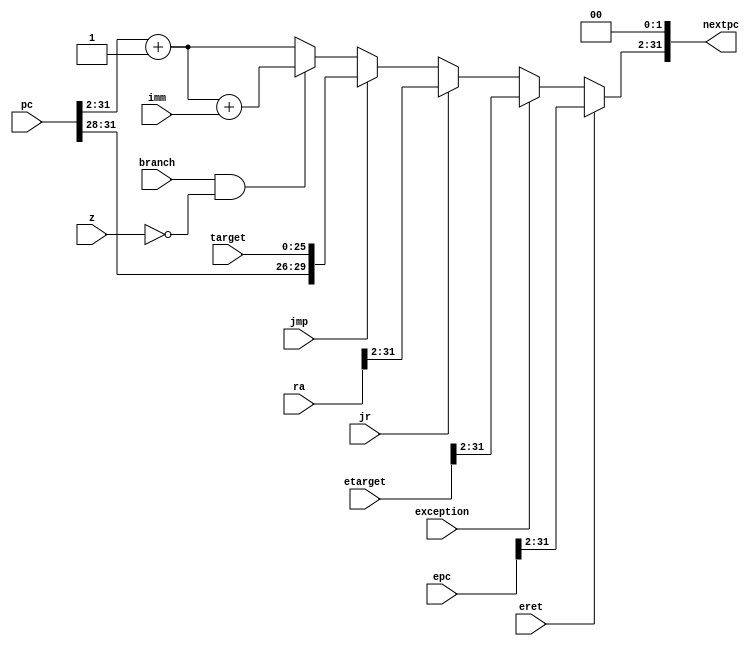
module InstructionFetcher(
    input wire [31:0] pc, epc, etarget, ra,
    input wire branch,
    input wire jmp,
    input wire z,
    input wire [25:0] target,
    input wire [15:0] imm,
    input wire jr,
    input wire exception, eret,
    output wire [31:0] nextpc
);
    wire [29:0] pc1, addedpc1;
    reg [29:0] nextpc1;

    assign pc1 = pc[31:2];
    assign addedpc1 = pc1 + 30'd1;
    assign nextpc = {nextpc1, 2'd0};

    always @* begin
        if(eret)
            nextpc1 = epc[31:2];
        else if(exception)
            nextpc1 = etarget[31:2];
        else if(jr)
            nextpc1 = ra[31:2];
        else if(jmp)
            nextpc1 = { pc1[29:26], target };
        else if(branch && ~z)
            nextpc1 = $signed(addedpc1) + $signed(imm);
        else
            nextpc1 = addedpc1;
    end

endmodule // InstructionMem